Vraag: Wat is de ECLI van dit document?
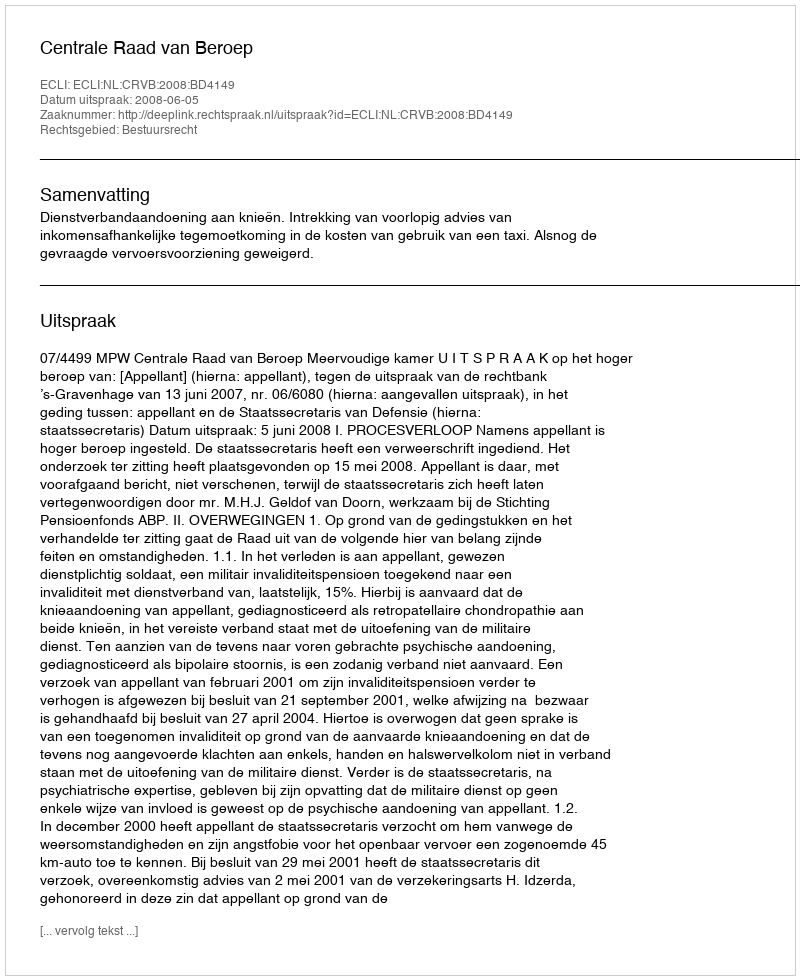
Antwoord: ECLI:NL:CRVB:2008:BD4149